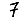
Digit: 7